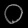
Digit: ၀